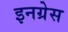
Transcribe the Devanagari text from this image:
इनग्रेस